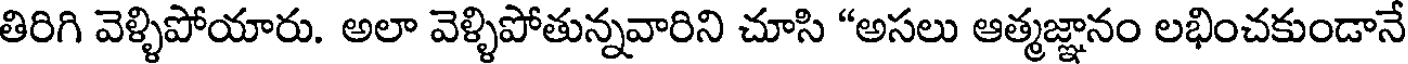
తిరిగి వెళ్ళిపోయారు. అలా వెళ్ళిపోతున్నవారిని చూసి "అసలు ఆత్మజ్ఞానం లభించకుండానే